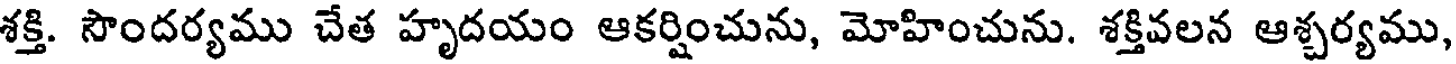
శక్తి. సౌందర్యము చేత హృదయం ఆకర్షించును, మోహించును. శక్తివలన ఆశ్చర్యము,